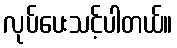
လုပ်ပေးသင့်ပါတယ်။